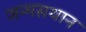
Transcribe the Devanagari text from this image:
जन्मसथान